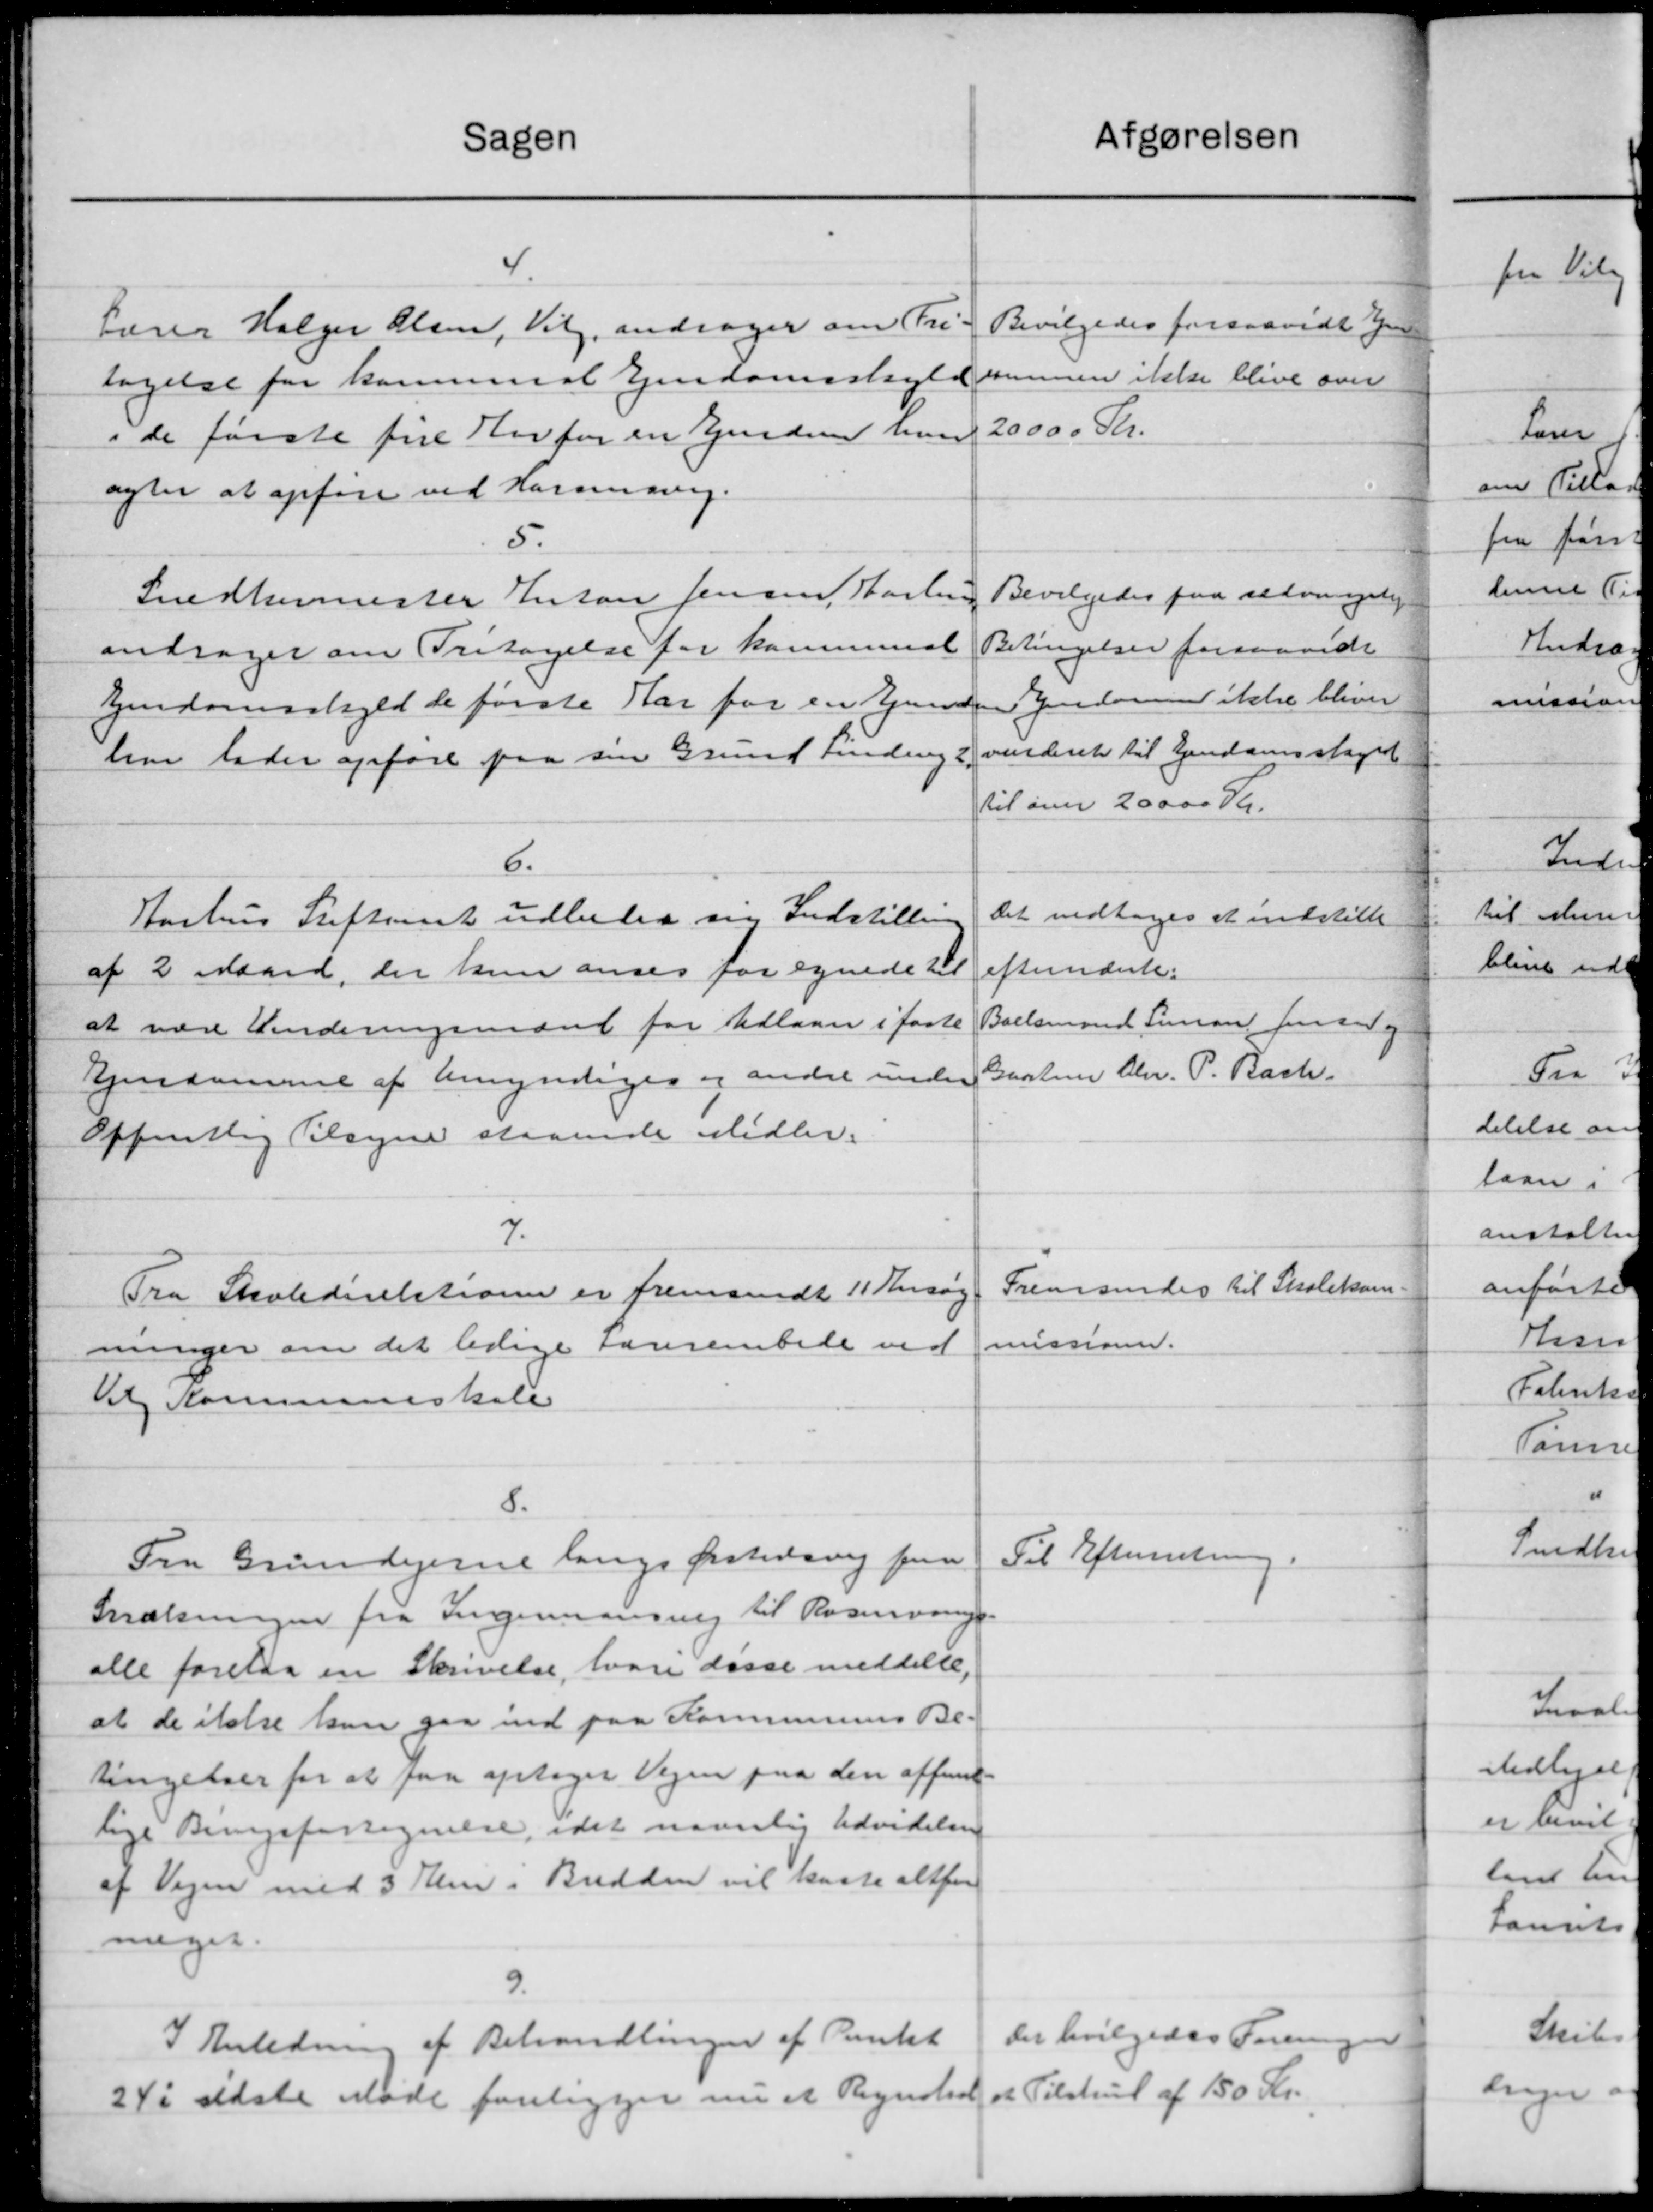
Transskription:
Afgørelsen
Sagen
Bevilgedes forsaavidt Vejen
Lærer Holger Olsen, Vil, andrager om Fri-
sammen ikke blive over
tagelse for kommunal Ejendomsskyld
20000 Kr.
i de første fire Rovfor en Ejendom han
agter at opføre ved Hannesvej.
5.
Bevilgedes paa selvangelig
Snedkermester Anton Jensen, Aarling
Betingelser forsaavidt
andrager om Fritagelse for kommunal
Ejendomsskyld de første Aar for en Grunden endom ikke bliver
vinderet til Ejendomsskyld
har lader opføre paa sin Grund Finding 2.
til over 20000 Kr.
6.
Det vedtoges at indstille
Aarhus Stiftamt udbeder sin Indstilling
efternænte.
af 2 Maard, der kun anses for egnede til
Boelsmand Simon Jensen og
at være Vurderingsmænd for Udlaan i faste
Gartner Chr. P. Bach.
Ejendomme af Umyndiges og andre under
Offentlig Tilsyne staaende Midler.
7.
Fremsendes til Skolekom-
Fra Skoledirektioner er fremsendt 11 Ansøg
missioner.
ninger om det ledige Larsembede ved
til Kommuneskole
8.
Til Efterretning.
Fra Grundejerne langs Ørstedsvej fra
Snækningen fra Ingerensning til Rosenvnings-
alle forelaa en Skrivelse, hvori disse meddelte,
at de itale kan gaa ind paa Kommunens Be-
tingelser for at faa optager Vejen paa den offent
lige Bringsfortegnelse, idet navnlig Udvidelsen
af Vejen med 3 den i Bredden vil kaste altfor
meget.
9.
Der bevilgedes Foreningen
I Anledning af Behandlingen af Pantet
24 i sidste Møde foreligger nu et Regnskab et Tilskud af 150 Kr.